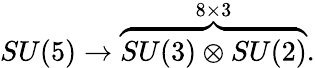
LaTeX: SU(5)\rightarrow\overbrace{SU(3)\otimes SU(2)}^{8\times 3}.